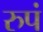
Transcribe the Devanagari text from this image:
रुपं